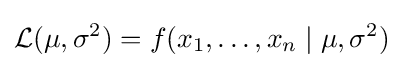
{\mathcal {L}}(\mu ,\sigma ^{2})=f(x_{1},\ldots ,x_{n}\mid \mu ,\sigma ^{2})